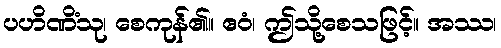
ပဟိဏိံသု၊ စေကုန်၏။ ဧဝံ၊ ဤသို့စေသဖြင့်။ အဿ၊